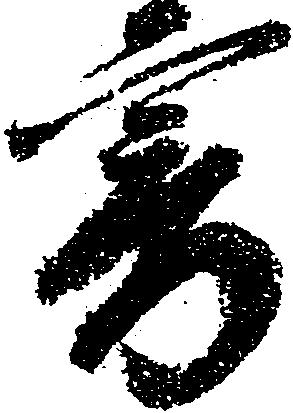
寄